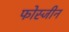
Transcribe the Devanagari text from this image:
फोस्जीन